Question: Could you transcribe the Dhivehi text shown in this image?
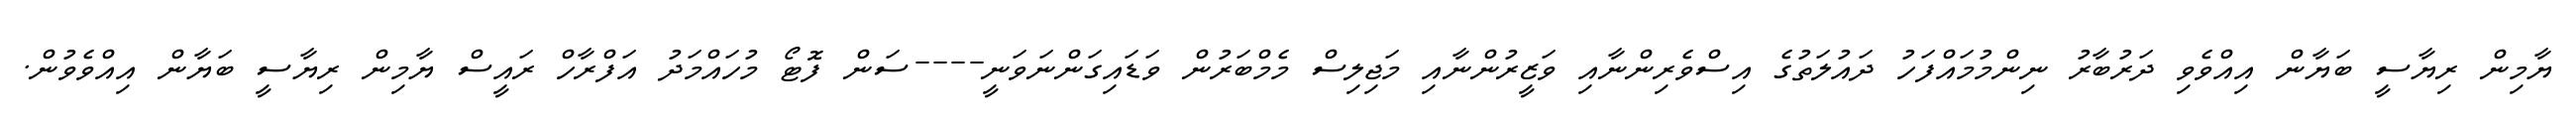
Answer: ޔާމިން ރިޔާސީ ބަޔާން އިއްވެވި ދަރުބާރު ނިންމުމައްފަހު ދައުލަތުގެ އިސްވެރިންނާއި ވަޒީރުންނާއި މަޖިލިސް މެމްބަރުން ވަޑައިގަންނަވަނީ----ސަން ފޮޓޯ މުހައްމަދު އަފްރާހް ރައީސް ޔާމިން ރިޔާސީ ބަޔާން އިއްވެވުން.